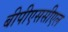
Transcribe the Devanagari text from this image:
बीपीएससीएल